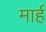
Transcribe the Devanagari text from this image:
मार्ह